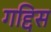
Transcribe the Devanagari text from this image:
गद्दिस